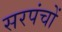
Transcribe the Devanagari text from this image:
सरपंचों